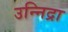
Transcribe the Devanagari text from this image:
उन्निद्रा